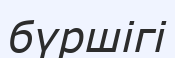
бүршігі